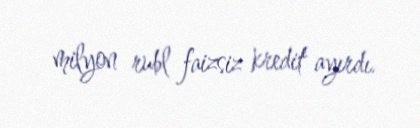
milyon rubl faizsiz kredit ayırdı.